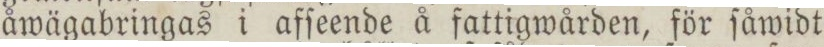
åwägabringas i afſeende å fattigwården, för ſåwidt